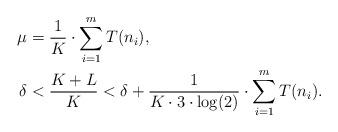
LaTeX: \begin{align*}\mu &= \frac{1}{K} \cdot \sum_{i=1}^m T(n_i),\\\delta&<\frac{K+L}{K}<\delta+\frac{1}{K\cdot 3 \cdot \log(2)} \cdot \sum_{i=1}^m T(n_i).\end{align*}